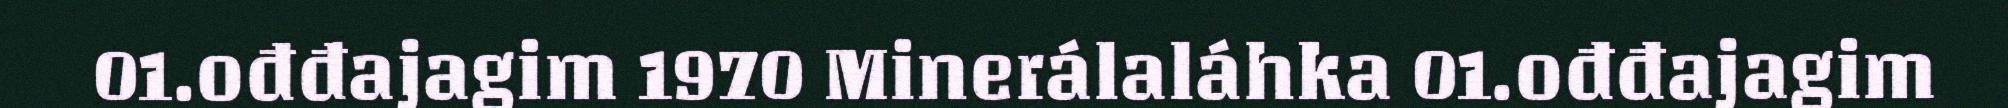
01.ođđajagim 1970 Minerálaláhka 01.ođđajagim